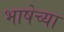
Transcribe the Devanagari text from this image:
भाषेच्‍या